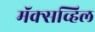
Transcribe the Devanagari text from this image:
मॅक्सव्हिल